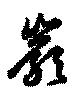
巖